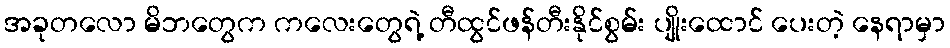
အခုတလော မိဘတွေက ကလေးတွေရဲ့ တီထွင်ဖန်တီးနိုင်စွမ်း ပျိုးထောင် ပေးတဲ့ နေရာမှာ